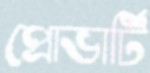
প্রোভার্টি